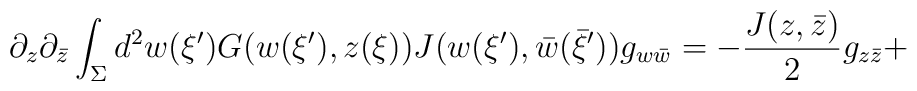
\partial_z\partial_{\bar z}\int_\Sigma d^2w(\xi^{\prime})G(w(\xi^{\prime}),z(\xi)) J(w(\xi^{\prime}),\bar w(\bar\xi^{\prime}))g_{w\bar w}=-{\frac{J(z,\bar z)}{2}}g_{z\bar z}+